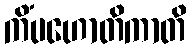
ကိံပဟောတိကာတိ